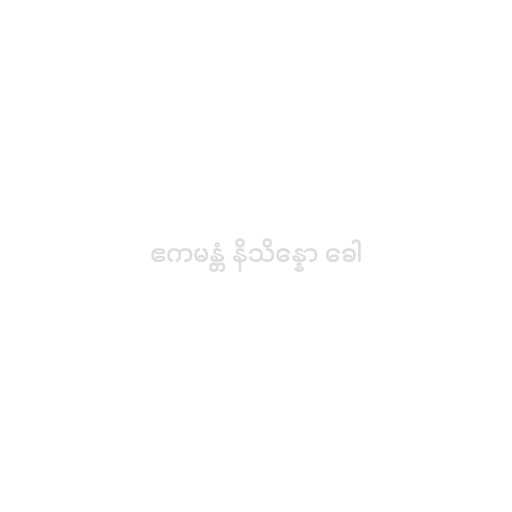
ဧကမန္တံ နိသိန္နော ခေါ